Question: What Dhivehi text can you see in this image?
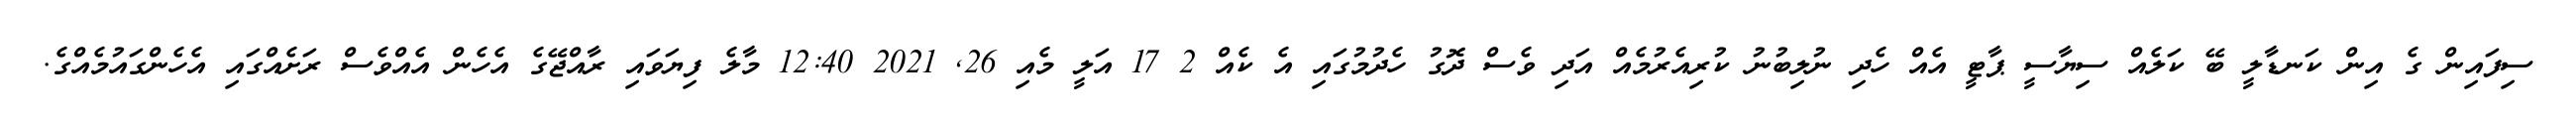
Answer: ސިފައިން ގެ އިން ކަނޑާލީ ބޭ ކަލެއް ސިޔާސީ ޕާޓީ އެއް ހެދި ނުލިބުނު ކުރިއެރުމެއް އަދި ވެސް ދޮގު ހެދުމުގައި އެ ކެއް 2 17 އަލީ މެއި 26, 2021 12:40 މާލެ ފިޔަވައި ރާއްޖޭގެ އެހެން އެއްވެސް ރަށެއްގައި އެހެންގައުމެއްގެ.